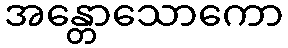
အန္တောသောကော